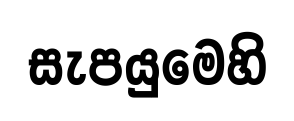
සැපයුමෙහි